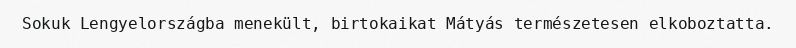
Sokuk Lengyelországba menekült, birtokaikat Mátyás természetesen elkoboztatta.